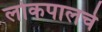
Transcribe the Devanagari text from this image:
लोकपालचे